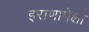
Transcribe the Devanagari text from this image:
इराणापेक्षा